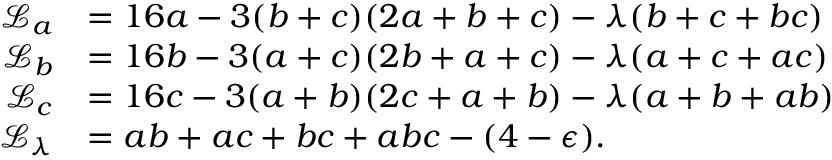
\begin{array} { r l } { \mathcal L _ { a } } & { = 1 6 a - 3 ( b + c ) ( 2 a + b + c ) - \lambda ( b + c + b c ) } \\ { \mathcal L _ { b } } & { = 1 6 b - 3 ( a + c ) ( 2 b + a + c ) - \lambda ( a + c + a c ) } \\ { \mathcal L _ { c } } & { = 1 6 c - 3 ( a + b ) ( 2 c + a + b ) - \lambda ( a + b + a b ) } \\ { \mathcal L _ { \lambda } } & { = a b + a c + b c + a b c - ( 4 - \epsilon ) . } \end{array}